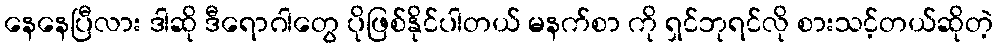
နေနေပြီလား ဒါဆို ဒီရောဂါတွေ ပိုဖြစ်နိုင်ပါတယ် မနက်စာ ကို ရှင်ဘုရင်လို စားသင့်တယ်ဆိုတဲ့